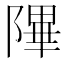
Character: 𬯕